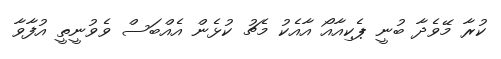
ކުރާ މޭވެދާ ބުނީ ޕެކިއާއޯ އާއެކު މެޗު ކުޅެން އެއްބަސް ވެވުނީތީ އުފާވާ